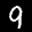
Label: 9